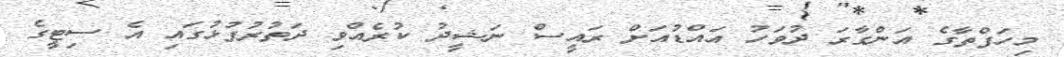
މިހަފްތާގެ އަންގާރަ ދުވަހު އައްޑުއަށް ރައީސް ނަޝީދު ކުރެއްވި ދަތުރުފުޅުގައި އެ ސިޓީގެ